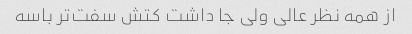
از همه نظر عالی ولی جا داشت کتش‌ سفت‌تر باسه